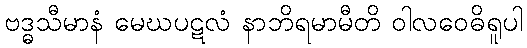
ဗဒ္ဓသီမာနံ မေဃပဋလံ နာဘိရမာမီတိ ဝါလဝေဓိရူပါ